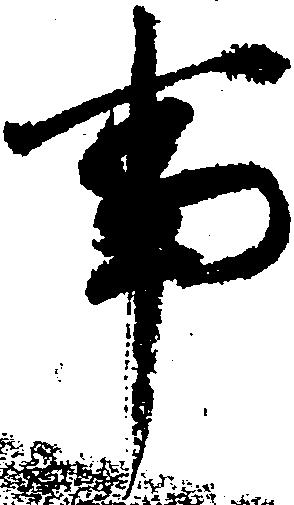
事